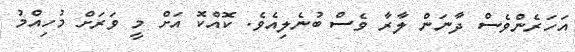
އަހަރެންވެސް ދާނަން ލާރާ ވެސް ބުނެލިއެވެ. ކޮއްކޮ އަށް މީ ވަރަށް މުހިއްމު